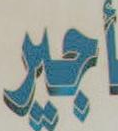
أجير